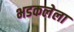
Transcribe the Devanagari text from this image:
भडकलेला